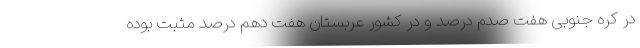
در کره جنوبی هفت صدم درصد و در کشور عربستان هفت دهم درصد مثبت بوده